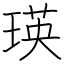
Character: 瑛